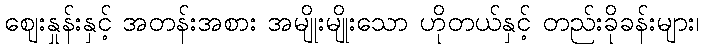
ဈေးနှုန်းနှင့် အတန်းအစား အမျိုးမျိုးသော ဟိုတယ်နှင့် တည်းခိုခန်းများ၊